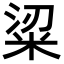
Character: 𥹭